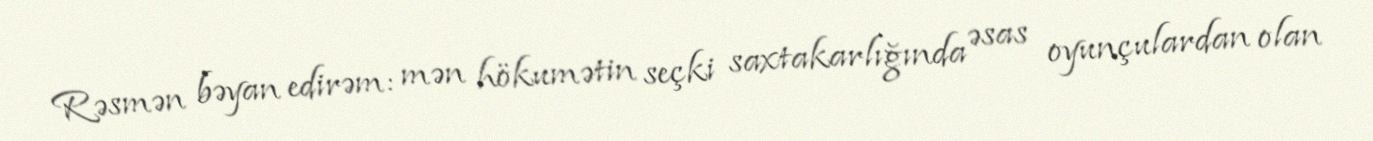
Rəsmən bəyan edirəm: mən hökumətin seçki saxtakarlığında əsas oyunçulardan olan